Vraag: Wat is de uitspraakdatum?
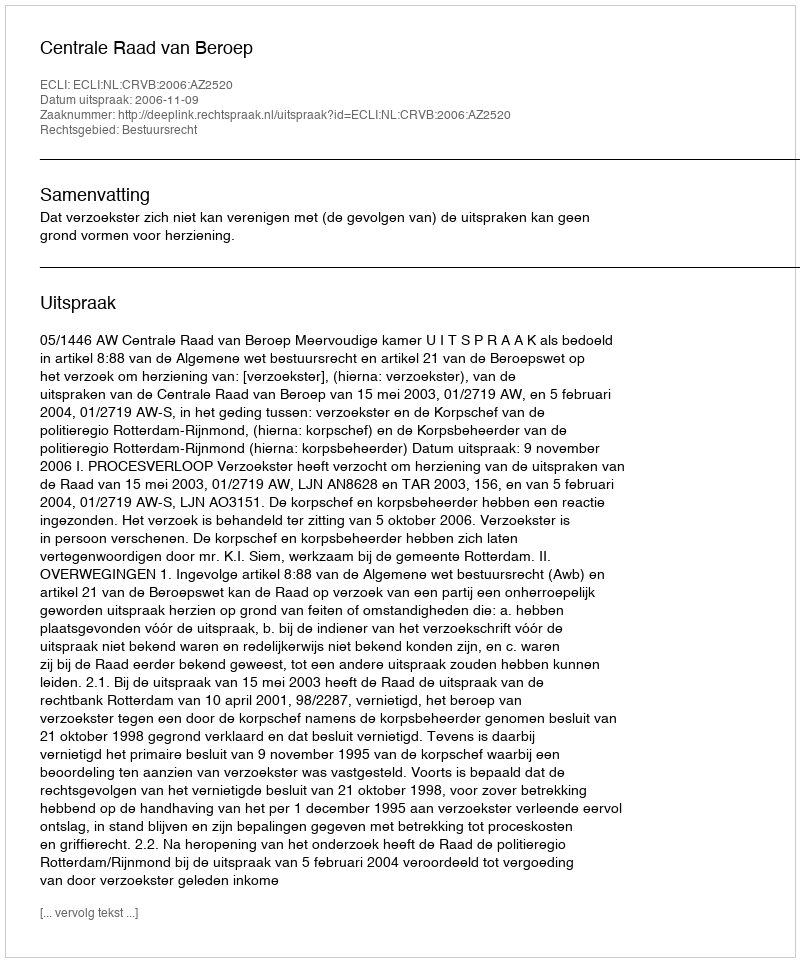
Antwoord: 2006-11-09